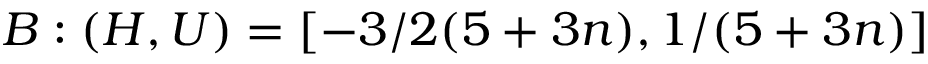
B : ( H , U ) = [ - 3 / 2 ( 5 + 3 n ) , 1 / ( 5 + 3 n ) ]